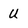
Character: U